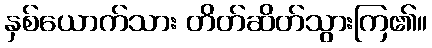
နှစ်ယောက်သား တိတ်ဆိတ်သွားကြ၏။